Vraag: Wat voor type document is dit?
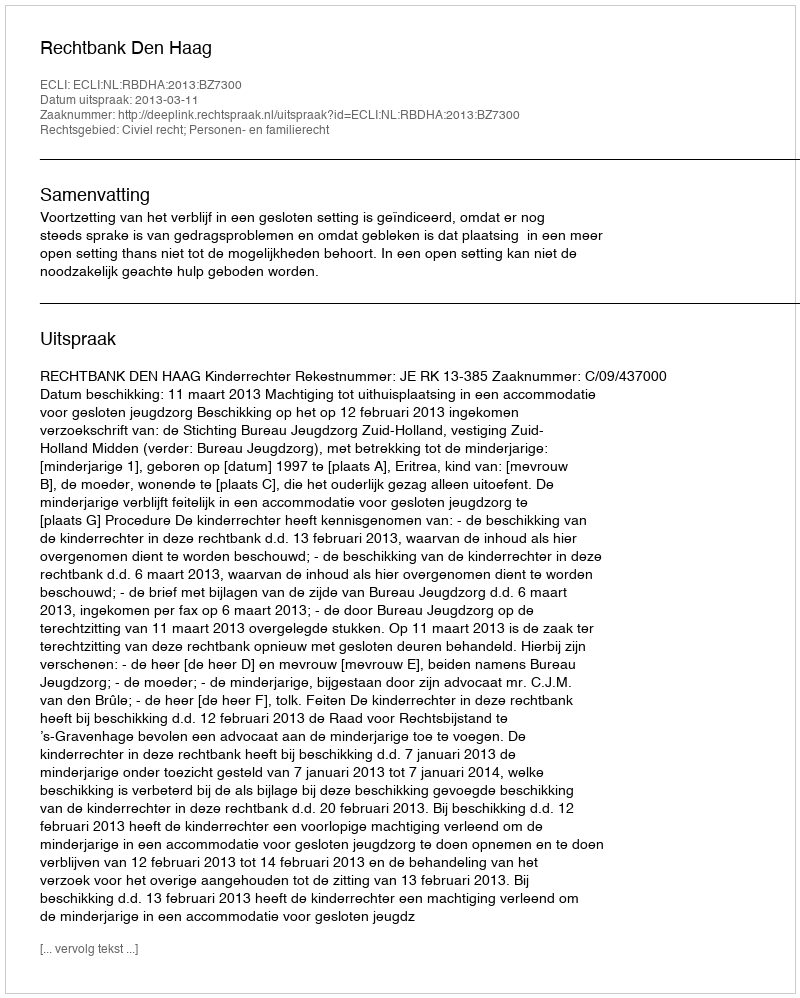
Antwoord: Uitspraak